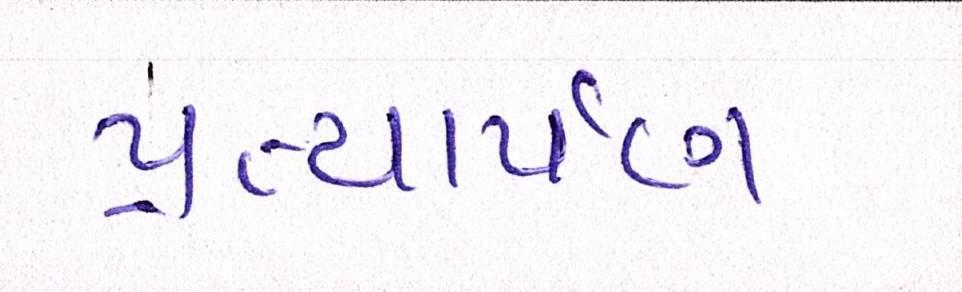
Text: પ્રત્યાર્પણ